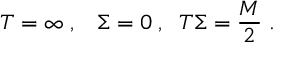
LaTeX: T = \infty \; , \; \; \; \Sigma = 0 \; , \; \; T \Sigma = \frac { M } { 2 } \; .